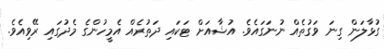
ގުޅާލަން ގިނަ ވަގުތެއް ނުނަގައެވެ. އުޝާއަށް ޓަކައި ދަތުރެއް އެމީހުންގެ މެދުގައި ރޭވިއެވެ.